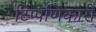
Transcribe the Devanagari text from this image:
टिप्पणिकारी